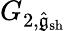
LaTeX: G_{2,\hat{\mathfrak{g}}_{\mathrm{sh}}}